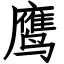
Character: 鹰